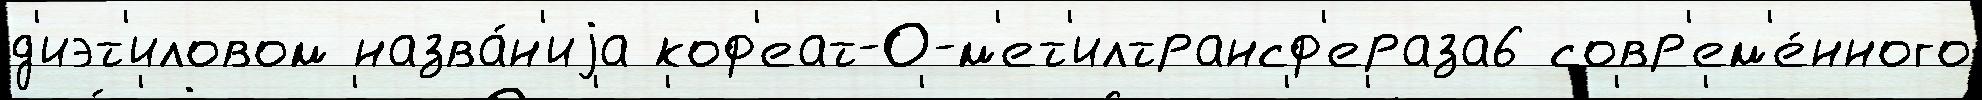
д'иэт'иловом назва́н'иjа коф'еат-О-м'ет'илтрансф'ераза6 совр'ем'е́нного